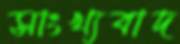
সাংখ্যবাদ